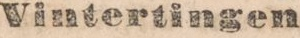
Vintertingen